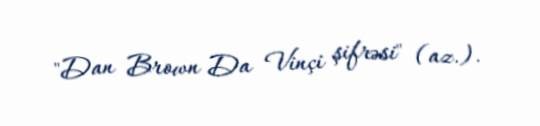
"Dan Brown Da Vinçi şifrəsi" (az.).